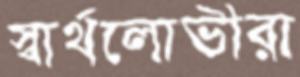
স্বার্থলোভীরা